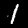
Label: 1